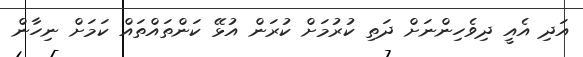
އަދި އެއީ ދިވެހިންނަށް ދަތި ކުރުމަށް ކުރަން އުޅޭ ކަންތައްތައް ކަމަށް ނިހާން